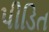
પીડિત